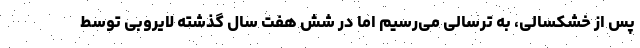
پس از خشکسالی، به ترسالی می‌رسیم اما در شش هفت سال گذشته لایروبی توسط